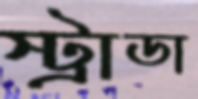
স্ট্রাডা